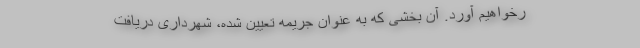
رخواهیم آورد. آن بخشی که به عنوان جریمه تعیین شده، شهرداری دریافت